Vaccination in Bombay 1869-1873 - 1869-1873
Year: 1869
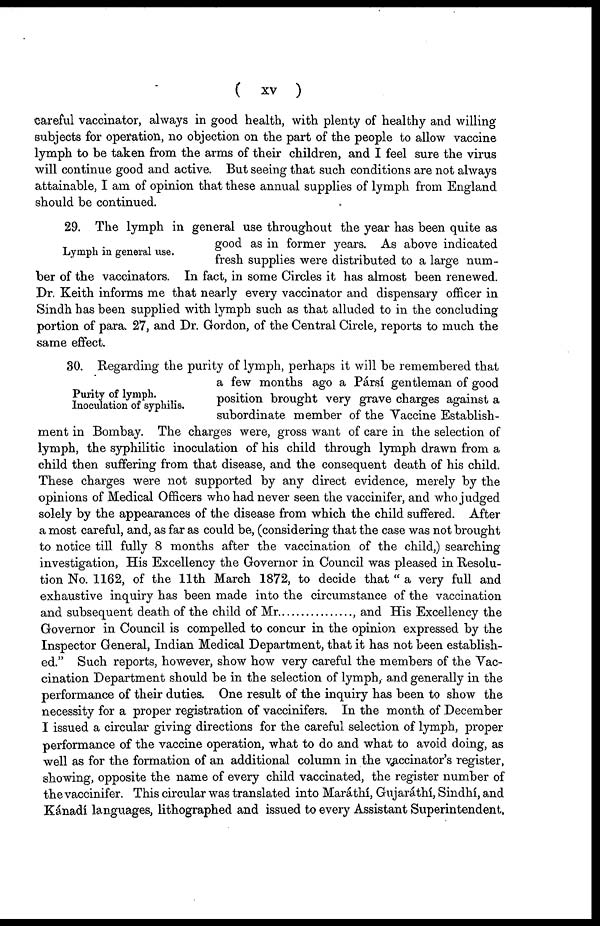
( xv )
careful vaccinator, always in good health, with plenty of healthy and willing
subjects for operation, no objection on the part of the people to allow vaccine
lymph to be taken from the arms of their children, and I feel sure the virus
will continue good and active. But seeing that such conditions are not always
attainable, I am of opinion that these annual supplies of lymph from England
should be continued.
Lymph in general use.
29. The lymph in general use throughout the year has been quite as
good as in former years. As above indicated
fresh supplies were distributed to a large num-
ber of the vaccinators. In fact, in some Circles it has almost been renewed.
Dr. Keith informs me that nearly every vaccinator and dispensary officer in
Sindh has been supplied with lymph such as that alluded to in the concluding
portion of para. 27, and Dr. Gordon, of the Central Circle, reports to much the
same effect.
Purity of lymph.
Inoculation of syphilis.
30. Regarding the purity of lymph, perhaps it will be remembered that
a few months ago a Pársí gentleman of good
position brought very grave charges against a
subordinate member of the Vaccine Establish-
ment in Bombay. The charges were, gross want of care in the selection of
lymph, the syphilitic inoculation of his child through lymph drawn from a
child then suffering from that disease, and the consequent death of his child.
These charges were not supported by any direct evidence, merely by the
opinions of Medical Officers who had never seen the vaccinifer, and who judged
solely by the appearances of the disease from which the child suffered. After
a most careful, and, as far as could be, (considering that the case was not brought
to notice till fully 8 months after the vaccination of the child,) searching
investigation, His Excellency the Governor in Council was pleased in Resolu-
tion No. 1162, of the 11th March 1872, to decide that " a very full and
exhaustive inquiry has been made into the circumstance of the vaccination
and subsequent death of the child of Mr
, and His Excellency the
Governor in Council is compelled to concur in the opinion expressed by the
Inspector General, Indian Medical Department, that it has not been establish-
ed." Such reports, however, show how very careful the members of the Vac-
cination Department should be in the selection of lymph, and generally in the
performance of their duties. One result of the inquiry has been to show the
necessity for a proper registration of vaccinifers. In the month of December
I issued a circular giving directions for the careful selection of lymph, proper
performance of the vaccine operation, what to do and what to avoid doing, as
well as for the formation of an additional column in the vaccinator's register,
showing, opposite the name of every child vaccinated, the register number of
the vaccinifer. This circular was translated into Maráthí, Gujaráthí, Sindhí, and
Kánadí languages, lithographed and issued to every Assistant Superintendent,